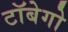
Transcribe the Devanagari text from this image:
टॉबेगो